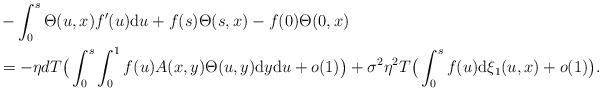
LaTeX: \begin{align*} &-\int_0^s \Theta( u ,x) f'(u) \mathrm{d}u+ f(s){\Theta}(s,x)-f(0){\Theta}(0,x) \\ &=-\eta d T\big( \int_0^{s}\int_0^1 f(u)A(x,y)\Theta(u,y)\mathrm{d}y\mathrm{d}u+o(1)\big)+\sigma^2 \eta^2 T \big( \int_0^s f(u)\mathrm{d}\xi_1(u,x)+o(1)\big).\end{align*}